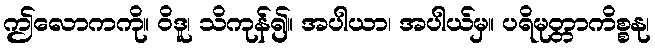
ဤလောကကို။ ဝိဒူ၊ သိကုန်၍။ အပါယာ၊ အပါယ်မှ။ ပရိမုတ္တာကိစ္စနု၊